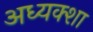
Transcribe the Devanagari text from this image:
अध्यक्शा